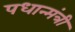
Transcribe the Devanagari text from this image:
पधान्मंत्री